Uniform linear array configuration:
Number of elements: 24
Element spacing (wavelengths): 0.25
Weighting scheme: exponential
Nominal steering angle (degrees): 60
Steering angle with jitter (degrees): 58.78
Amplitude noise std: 0.05
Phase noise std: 0.05

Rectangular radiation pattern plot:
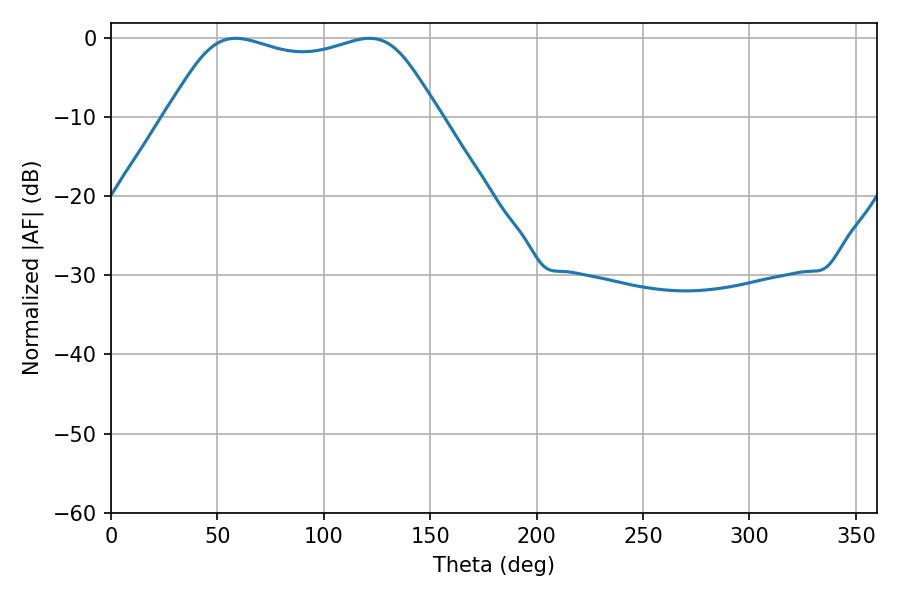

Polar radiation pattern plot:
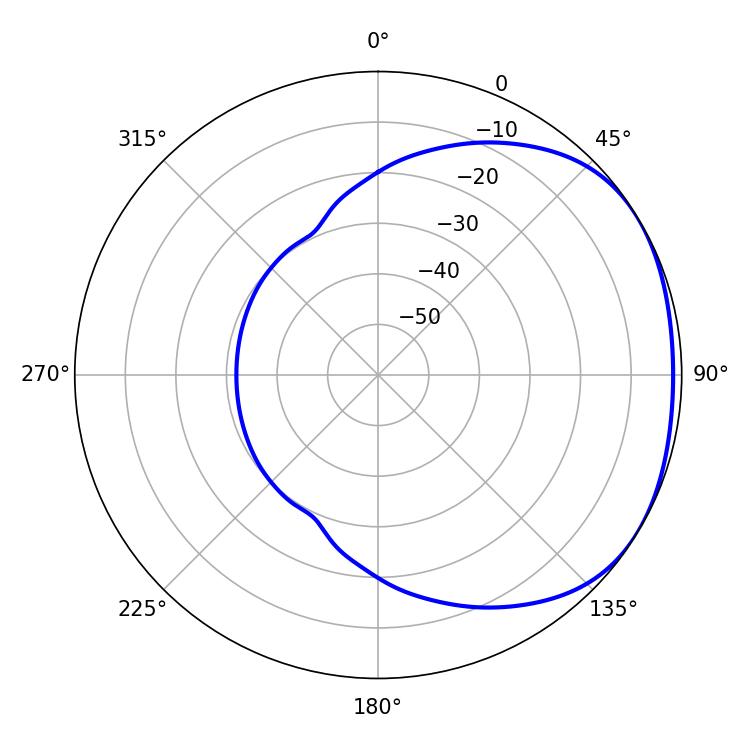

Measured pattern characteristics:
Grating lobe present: FALSE
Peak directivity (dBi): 1.755
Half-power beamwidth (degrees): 98.64
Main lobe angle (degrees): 58.5